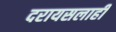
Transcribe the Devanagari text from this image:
दरायसलाही